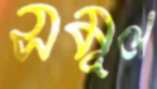
সমূল